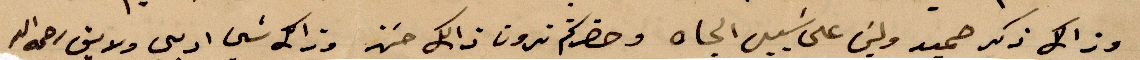
وذلك ذكر حميد وليس على سبيل الجاه وحضرتكم ترون ذلك حسن وذلك شي اد% ولايق رحمه الله